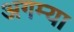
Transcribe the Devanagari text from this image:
अगम्या